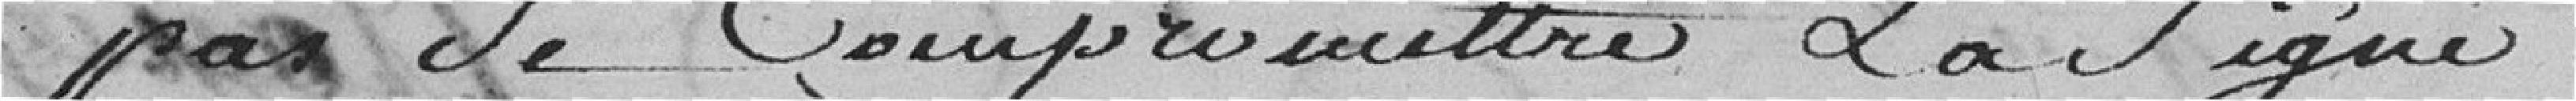
pas de compromettre la signé.